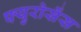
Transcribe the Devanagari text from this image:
फ्युरोसेंस